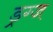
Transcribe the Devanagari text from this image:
ड्रग्ज